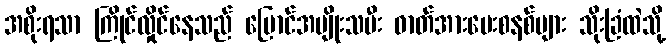
အစိုးရသာ ကြိုင်လှိုင်နေသည် မြောင်အမျိုးသမီး ဓာတ်အားပေးစနစ်များ သိုးခြံထဲသို့